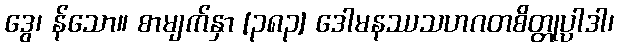
ဒွေ၊ န်သော။ စာမျက်နှာ [၃၈၃] ဒေါမနဿသဟဂတစိတ္တုပ္ပါဒါ၊